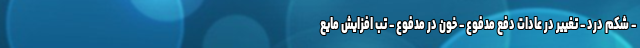
- شکم درد - تغییر در عادات دفع مدفوع - خون در مدفوع - تب افزایش مایع